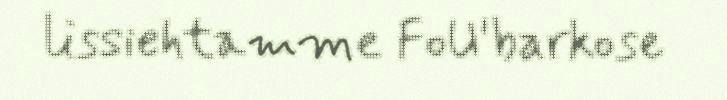
lissiehtamme FoU'barkose